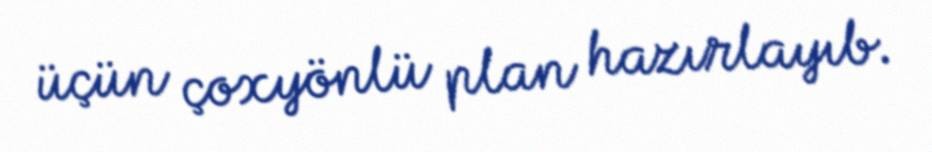
üçün çoxyönlü plan hazırlayıb.